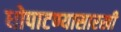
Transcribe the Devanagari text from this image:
धोपाटण्यासारखी